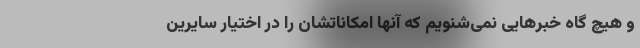
و هیچ گاه خبرهایی نمی‌شنویم که آنها امکاناتشان را در اختیار سایرین